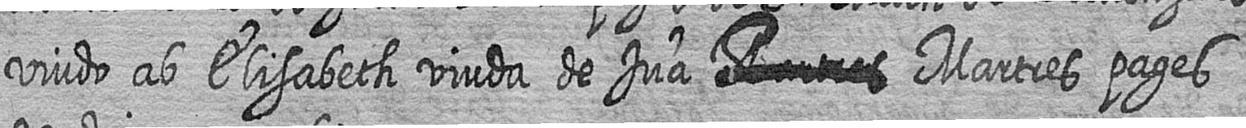
viudo ab Elisabeth viuda de Jua # Martres pages